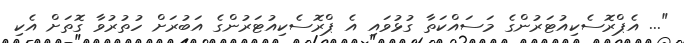
"... އެޕްރޮސެކިއުޓަރުންގެެ މަސައްކަތާ ގުޅުވައި އެ ޕްރޮސެކިއުޓަރުންގެ އަބުރަށް ހުތުރުވާ ގޮތަށް އެކި